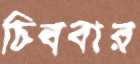
চিববার